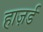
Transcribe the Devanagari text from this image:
हाज़र्ड